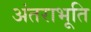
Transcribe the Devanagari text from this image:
अंतराभूति